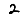
Digit: 2